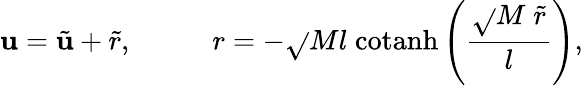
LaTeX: \mathbf{u}=\tilde{{\mathbf{u}}}+\tilde{{r}},\; \; \; \; \; \; \; \; \; \; r=-\sqrt{}{{M}}l\; \mathrm{{cotanh}}\left(\frac{{\sqrt{}{{M}}\; \tilde{{r}}}}{{l}}\right),